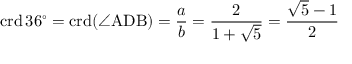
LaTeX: \operatorname { c r d } 3 6 ^ { \circ } = \operatorname { c r d } ( \angle \mathrm { A D B } ) = { \frac { a } { b } } = { \frac { 2 } { 1 + { \sqrt { 5 } } } } = { \frac { { \sqrt { 5 } } - 1 } { 2 } }